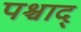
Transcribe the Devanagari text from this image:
पश्चाद्